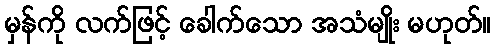
မှန်ကို လက်ဖြင့် ခေါက်သော အသံမျိုး မဟုတ်။